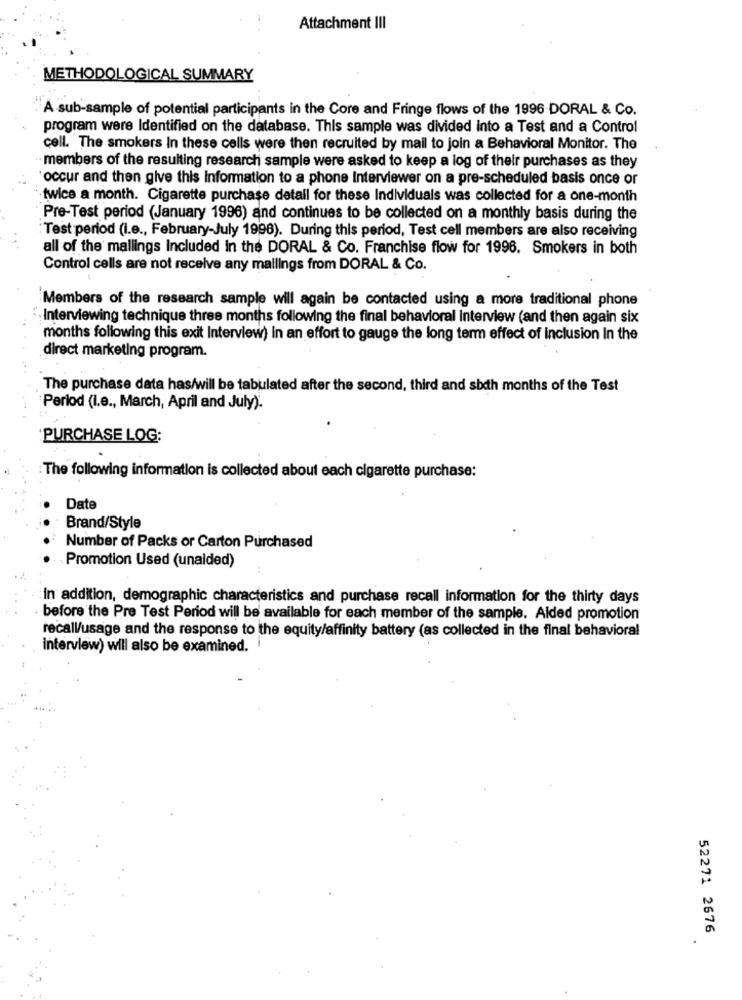
Attachment III
METHODOLOGICAL SUMMARY
A sub-sample of potential participants in the Core and Fringe flows of the 1996 DORAL & Co.
program were Identified on the database. This sample was divided into a Test and a Control
cell. The smokers In these cells were then recruited by mail to join a Behavioral Monitor. The
· members of the resulting research sample were asked to keep a log of their purchases as they
'occur and then give this Information to a phone Interviewer on a pre-scheduled basis once or
twice a month. Cigarette purchase detall for these Individuals was collected for a one-month
Pre-Test period (January 1996) and continues to be collected on a monthly basis during the
Test period (i.e ., February-July 1996). During this period, Test cell members are also receiving
all of the mallings Included in the DORAL & Co. Franchise flow for 1996. Smokers in both
Control cells are not receive any mailings from DORAL & Co.
Members of the research sample will again be contacted using a more traditional phone
Interviewing technique three months following the final behavioral interview (and then again six
months following this exit Interview) in an effort to gauge the long term effect of inclusion In the
direct marketing program.
The purchase data has/will be tabulated after the second, third and sich months of the Test
Period (I.e ., March, April and July).
"PURCHASE LOG:
: The following information is collected about each cigarette purchase:
Date
Brand/Style
Number of Packs or Carton Purchased
Promotion Used (unaided)
In addition, demographic characteristics and purchase recall information for the thirty days
before the Pre Test Period will be available for each member of the sample. Aided promotion
recall/usage and the response to the equity/affinity battery (as collected in the final behavioral
interview) will also be examined.
52271 2676